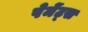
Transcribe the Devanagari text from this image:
पेमेंट्‌स